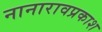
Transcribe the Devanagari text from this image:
नानारावप्रकाश